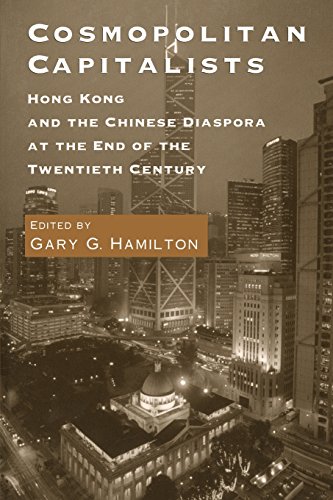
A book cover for Cosmopolitan Capitalists: Hong Kong and the Chinese Diaspora at the End of the Twentieth Century; Gary G. Hamilton; History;